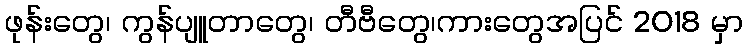
ဖုန်းတွေ၊ ကွန်ပျူတာတွေ၊ တီဗီတွေ၊ကားတွေအပြင် 2018 မှာ